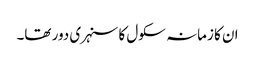
ان کا زمانہ سکول کا سنہری دور تھا۔